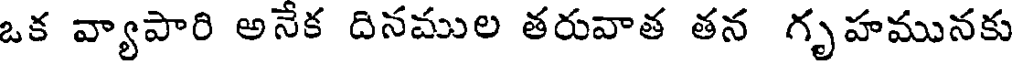
ఒక వ్యాపారి అనేక దినముల తరువాత తన గృహమునకు